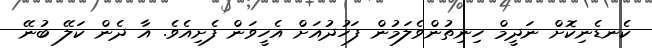
ކެނޑެނިކޮށް ނަދީމް ހިނިތުންވެލަމުން ފަހުދުއަށް އެހީވަން ފެށިއެވެ. އާ ދެން ކަލޭ ބުނޭ